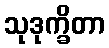
သုဒုက္ခိတာ